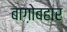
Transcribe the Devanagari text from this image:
बाग़ोबहार